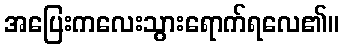
အပြေးကလေးသွားရောက်ရလေ၏။